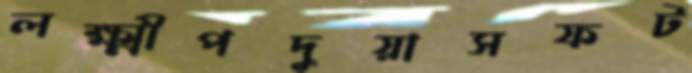
লক্ষ্মীপদুয়াসফট